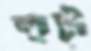
হুট্